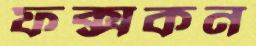
ফক্সকন